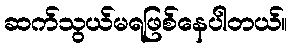
ဆက်သွယ်မရဖြစ်နေပါတယ်။